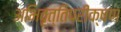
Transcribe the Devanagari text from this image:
अभिवृत्तिपरीक्षण